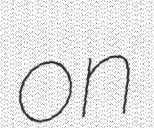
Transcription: on